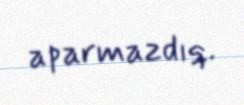
aparmazdıq.